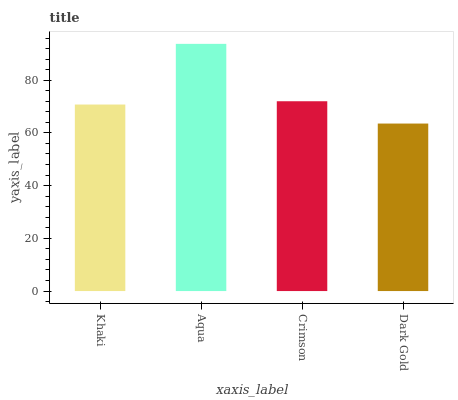
| xaxis_label | bars |
 | --- | --- |
 | Khaki | 70.8 |
 | Aqua | 93.8 |
 | Crimson | 72 |
 | Dark Gold | 63.5 |